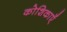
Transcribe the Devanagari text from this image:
कोशिकाऍं